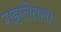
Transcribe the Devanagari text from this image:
गझलेतला